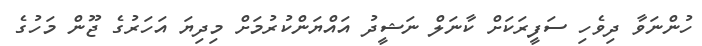
ހުންނަވާ ދިވެހި ސަފީރަކަށް ކާނަލް ނަޝީދު އައްޔަންކުރުމަށް މިދިޔަ އަހަރުގެ ޖޫން މަހުގެ